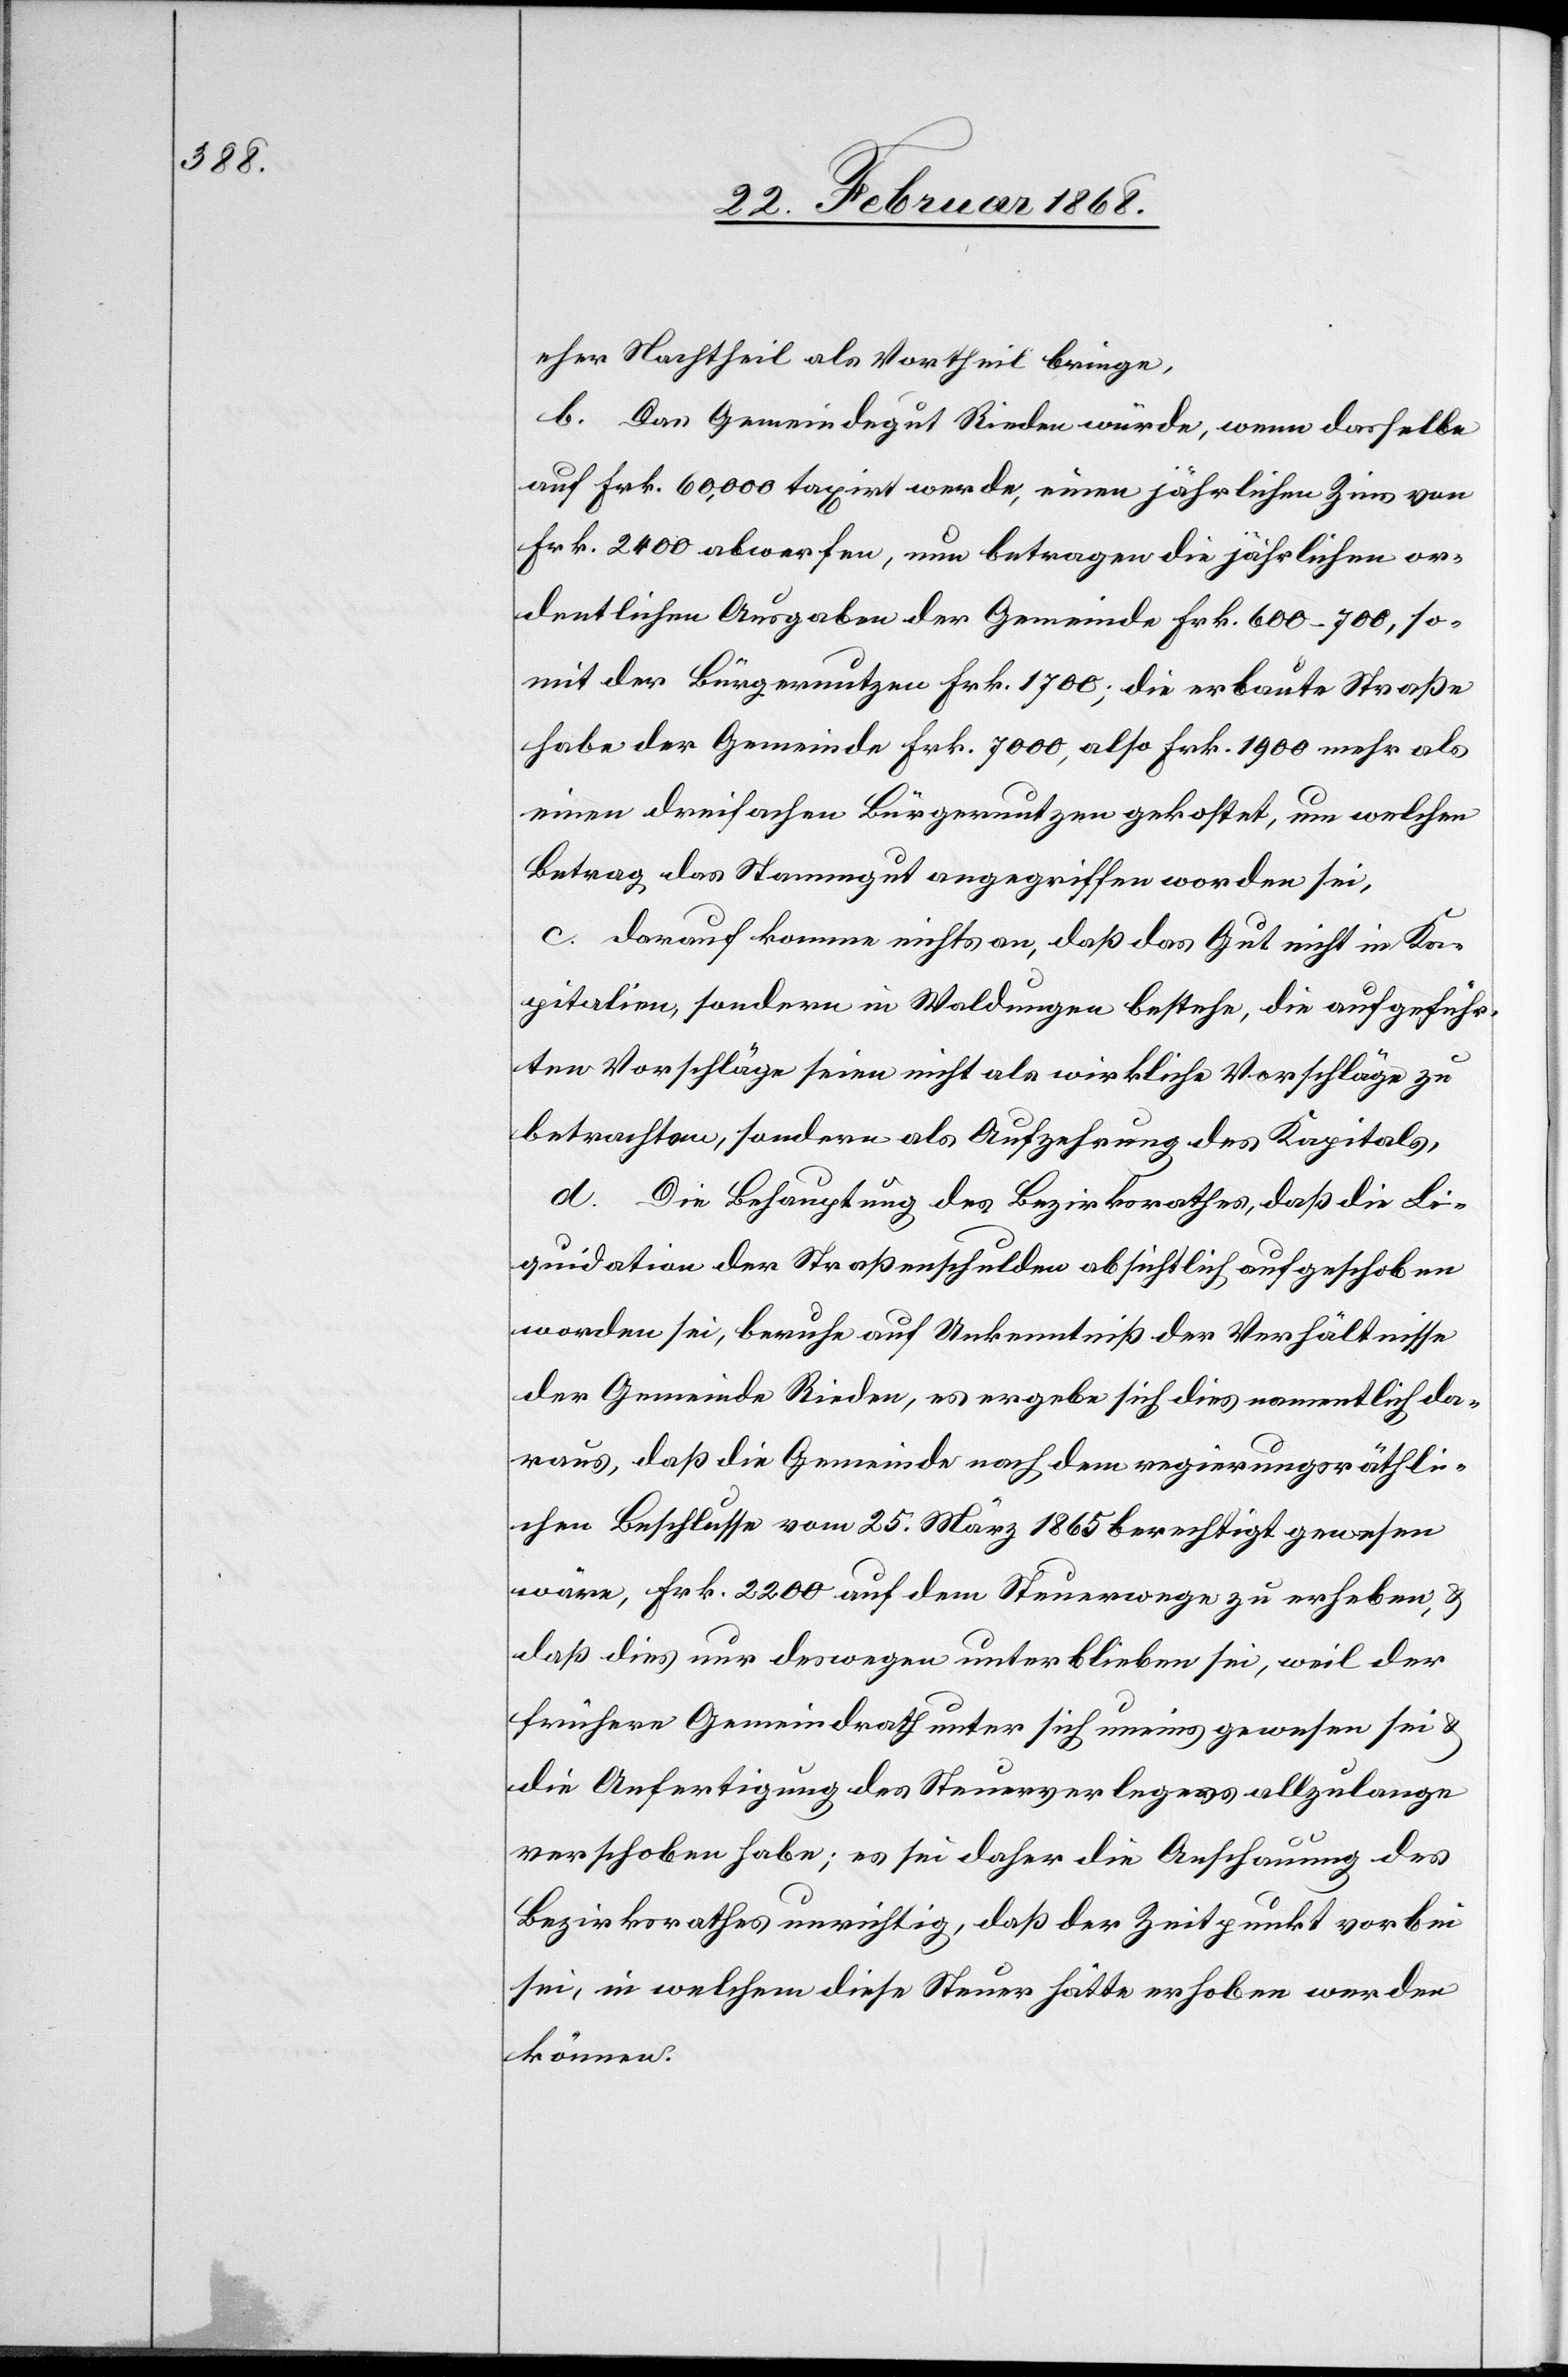
eher Nachtheil als Vortheil bringe,
b. Das Gemeindegut Rieden würde, wenn dasselbe
auf Frk. 60,000 taxirt werde, einen jährlichen Zins von
Frk. 2400 abwerfen, nun betragen die jährlichen or¬
dentlichen Ausgaben der Gemeinde Frk. 600–700, so¬
mit der Bürgernutzen Frk. 1700; die erbaute Straße
einen dreifachen Bürgernutzen gekostet, um welchen
Betrag das Stammgut angegriffen worden sei,
c. darauf komme nichts an, daß das Gut nicht in Ka¬
pitalien, sondern in Waldungen bestehe, die aufgeführ¬
ten Vorschläge seien nicht als wirkliche Vorschläge zu
betrachten, sondern als Aufzehrung des Kapitals,
d. Die Behauptung des Bezirksrathes, daß die Li¬
quidation der Straßenschulden absichtlich aufgeschoben
worden sei, beruhe auf Unkenntniß der Verhältnisse
der Gemeinde Rieden, es ergebe sich dies namentlich da¬
raus, daß die Gemeinde nach dem regierungsräthli¬
chen Beschlusse vom 25. März 1865 berechtigt gewesen
wäre, Frk. 2200 auf dem Steuerwege zu erheben, &
daß dies nur deswegen unterblieben sei, weil der
frühere Gemeindrath unter sich uneins gewesen sei &
die Anfertigung des Steuerverlege[?r]s allzulange
verschoben habe; es sei daher die Anschauung des
Bezirksrathes unrichtig, daß der Zeitpunkt vorbei
sei, in welchem diese Steuer hätte erhoben werden
können.